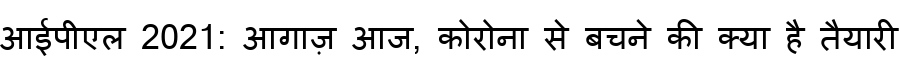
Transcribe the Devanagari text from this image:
आईपीएल 2021: आगाज़ आज, कोरोना से बचने की क्या है तैयारी